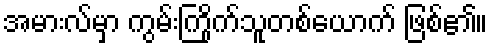
အမားလ်မှာ ကွမ်းကြိုက်သူတစ်ယောက် ဖြစ်၏။